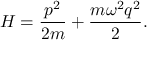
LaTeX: H = { \frac { p ^ { 2 } } { 2 m } } + { \frac { m \omega ^ { 2 } q ^ { 2 } } { 2 } } .